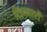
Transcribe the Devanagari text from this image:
रिश्तदारों